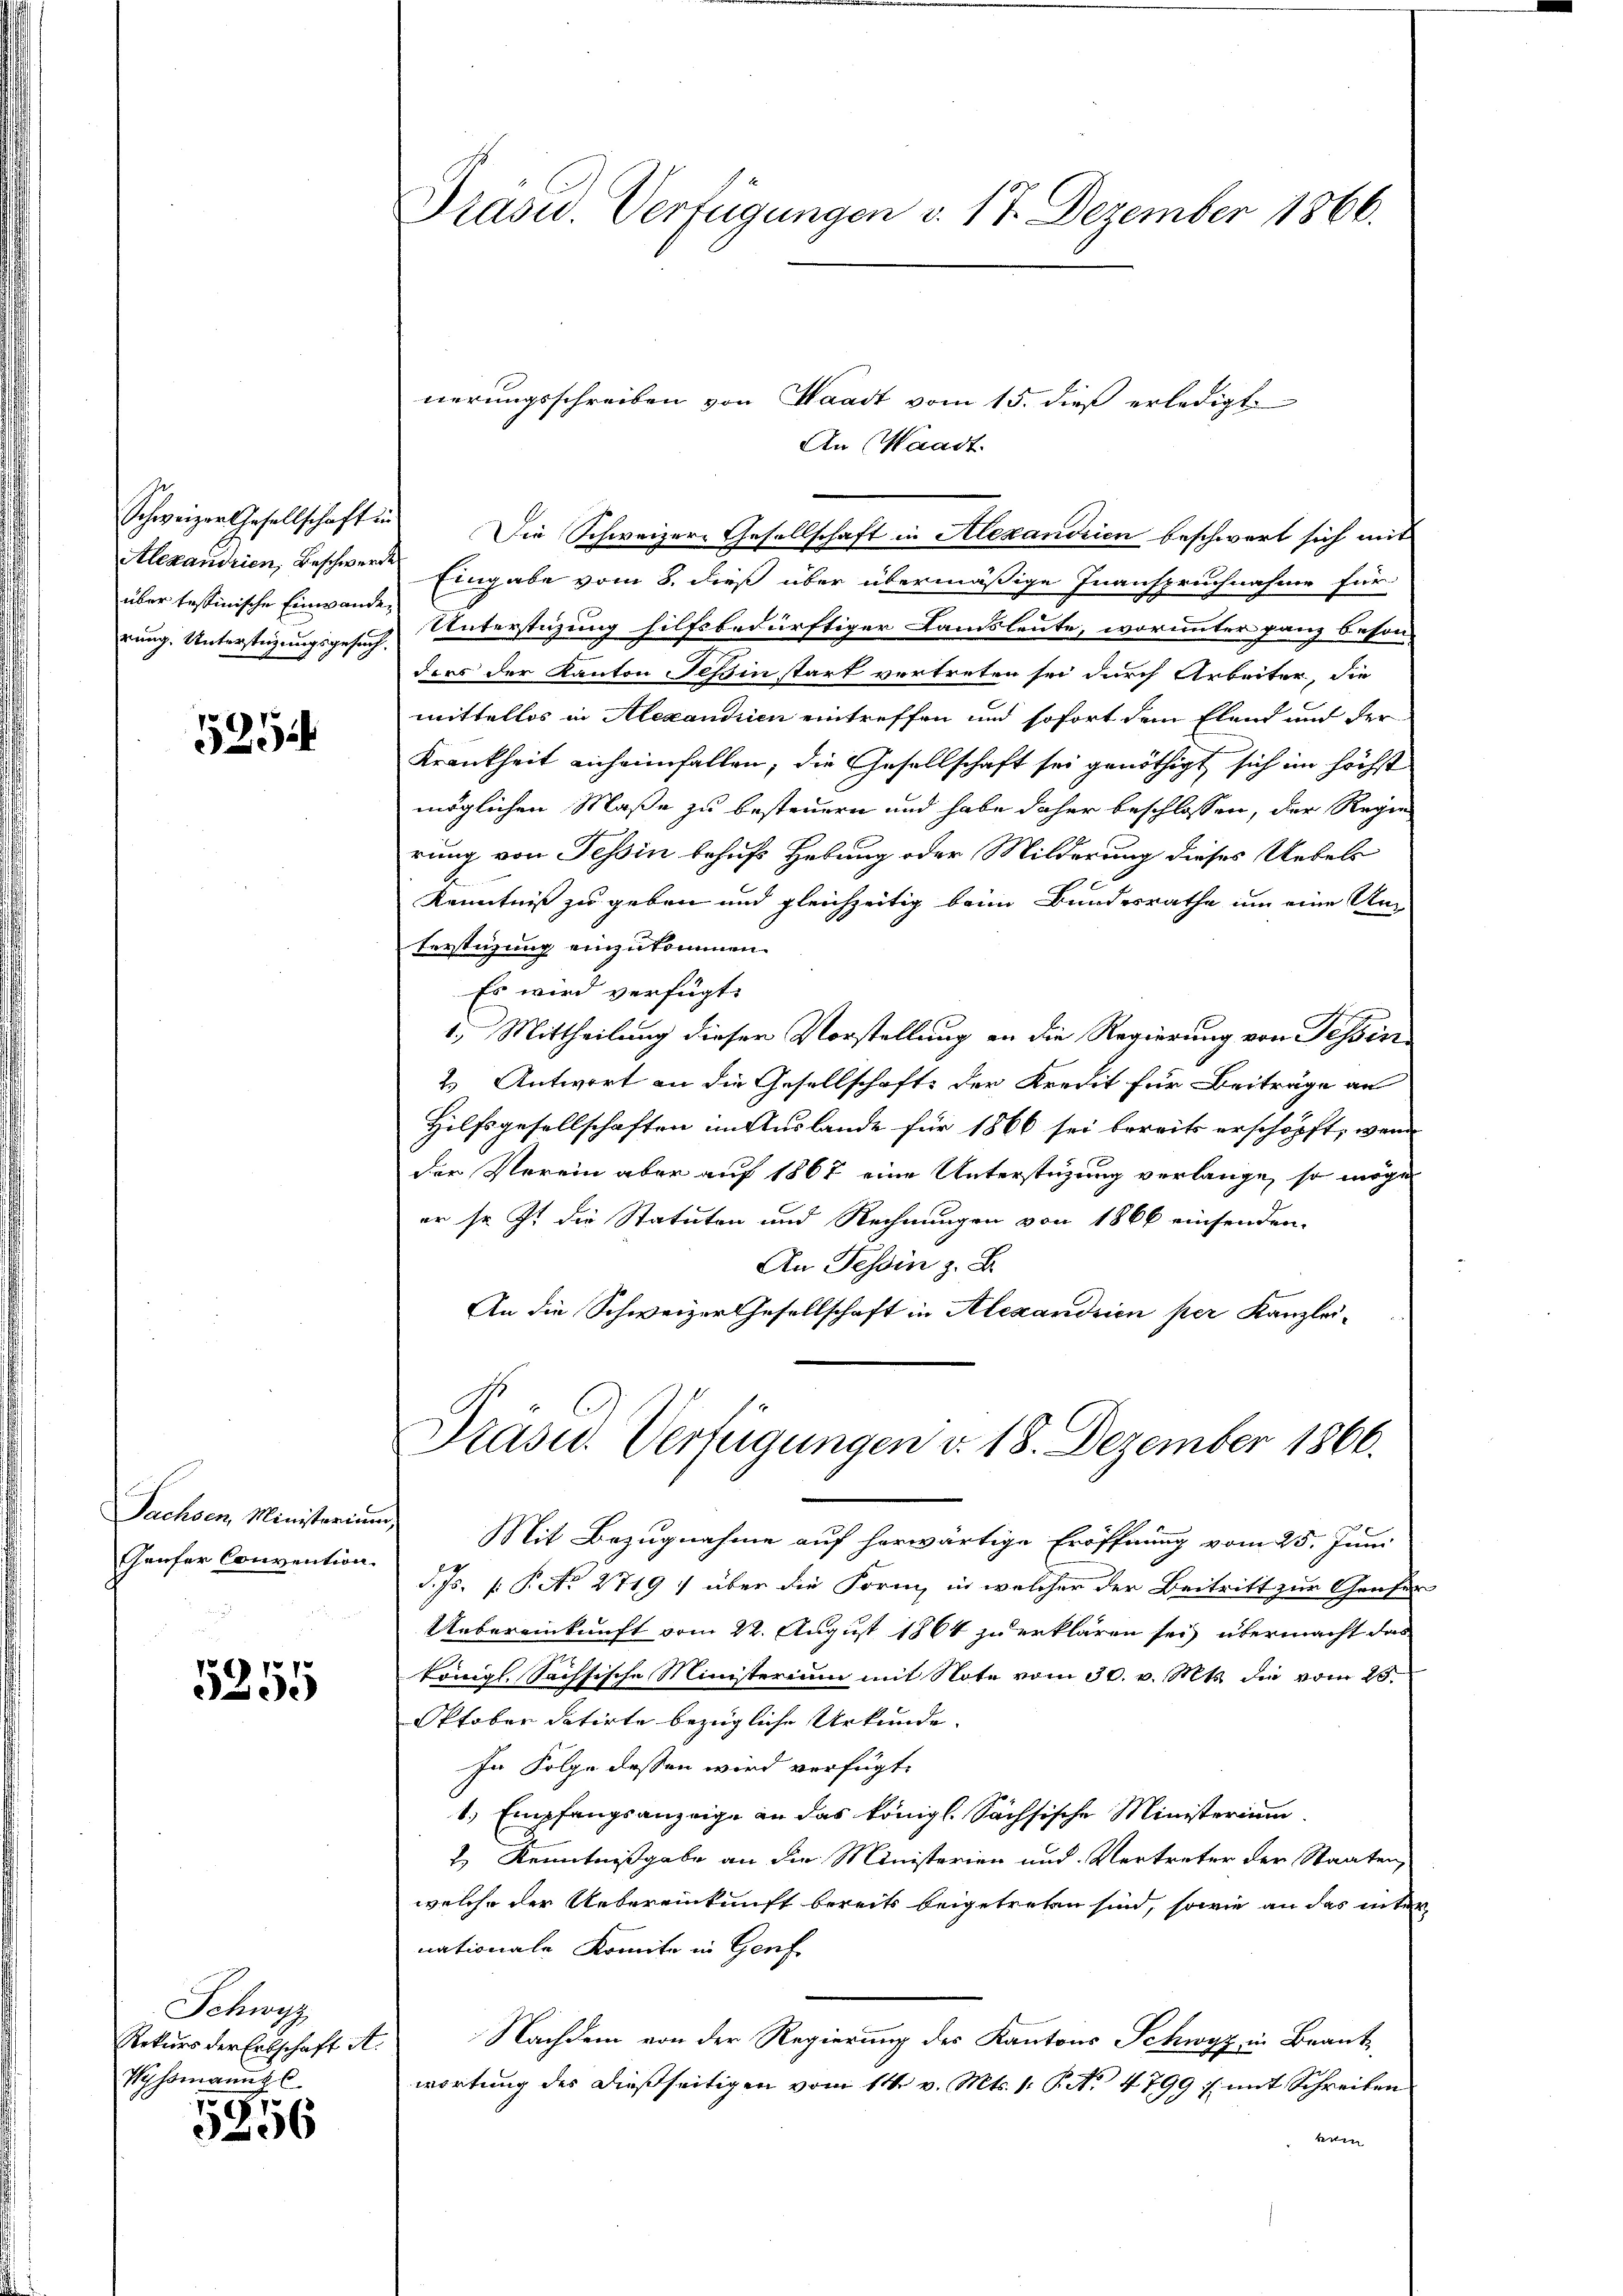
Schweizer Gesellschaft in
Alexandrien, Beschwerde
über testinische Einwande
rung. Unterstigungsgesuch.

5254

Sachsen, Ministerium,
Geufer Convention.

15
3255

Schwyz
Rekurs der Erbschaft A.
Vyssmanns C
1

06

Drasu. Verfügungen v. 17. Dezember 1866.

nerungsschreiben von Waadt vom 15. dieß erledigt
An Waadt.
Die Schweizer-Gesellschaft in Alexandrien beschwert sich mit
Eingabe vom 8. dieß über übermäßige Inanspruchnahme für
Unterstüzung hilfsbedürftiger Landsleute, worunter ganz beson-
ders der Kanton Tessin stark vertreten sei durch Arbeiter, die
mittellos in Alexandrien eintreffen und sofort dem Elend und der
Krankheit anheimfallen, die Gesellschaft sei genöthigt sich im höchst
möglichen Maße zu besteuern und habe daher beschlossen, der Regie
rung von Tessin behufs Hebung oder Milderung dieses Uebels
Kenntniß zu geben und gleichzeitig beim Bundesrathe um eine Um
terstüzung einzukommen.
Es wird verfügt:
1.) Mittheilung dieser Vorstellung an die Regierung von Tessin
2.) Antwort an die Gesellschaft der Kredit für Beiträge an
Hilfsgesellschaften im Auslande für 1866 sei bereits erschöpft, wenn
der Verein aber auf 1867 eine Unterstüzung verlange, so möge
er so zu die Statuten und Rechnungen von 1866 einsenden.
An Tessin z. B.
An die Schweizer Gesellschaft in Alexandrien per Kanzlei-
Prase Verfügungen v. 18. Dezember 1866.
Mit Bezugnahme auf herwärtige Eröffnung vom 25. Juni
d. Js. f. P. No 2719: über die Form, in welcher der Beitritt zur Genfer
Uebereinkunft vom 22. August 1864 zu erklären sei, übermacht das
Königl. Sachsische Ministerium mit Note vom 30. v. Mts. die vom 25.
Oktober datirte bezügliche Urkunde.
In Folge dessen wird verfügt:
1.) Empfangsanzeige an das königl. Sächsische Ministerium
2.) Kenntnißgabe an die Ministerien und Vertreter der Staaten,
welche der Uebereinkunft bereits beigetreten sind, sowie an das unter
nationale Komite in Genf
Nachdem von der Regierung des Kantons Schwyz in Beantwortung des dießseitigen vom 14. v. Mts. 1. P. No 4799 u. mit Schreiben
knen